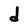
Character: d